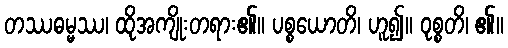
တဿဓမ္မဿ၊ ထိုအကျိုးတရား၏။ ပစ္စယောတိ၊ ဟူ၍။ ဝုစ္စတိ၊ ၏။